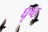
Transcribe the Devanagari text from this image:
घृष्ठ